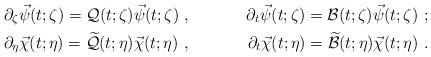
LaTeX: \begin{align*}& \partial_\zeta\vec \psi(t;\zeta)=\mathcal{Q}(t;\zeta)\vec \psi(t;\zeta)\ ,& \partial_t\vec \psi(t;\zeta)=\mathcal{B}(t;\zeta)\vec \psi(t;\zeta)\ ;\\& \partial_\eta\vec \chi(t;\eta)=\widetilde{\mathcal{Q}}(t;\eta)\vec \chi(t;\eta)\ ,& \partial_t\vec \chi(t;\eta)=\widetilde{\mathcal{B}}(t;\eta)\vec \chi(t;\eta)\ .\end{align*}